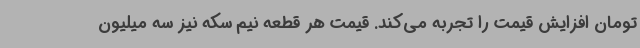
تومان افزایش قیمت را تجربه می‌کند. قیمت هر قطعه نیم سکه نیز سه میلیون